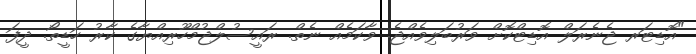
"އޮޑިޓަރ ޖެނެރަލް އޮޑިޓްކޮށް ވަރުބަލިވެއްޖެ. ވާކަމެއް ނެތް. ރައީސުލްޖުމްހޫރިއްޔާގެ ކާރު ހަޑީތޯ. ދީފަ